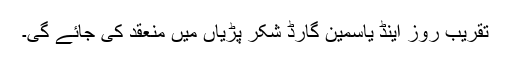
تقریب روز اینڈ یاسمین گارڈ شکر پڑیاں میں منعقد کی جائے گی۔